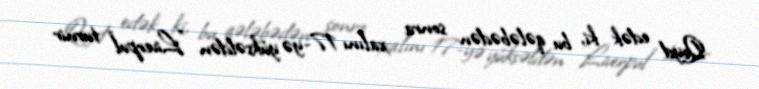
Qeyd edək ki, bu qələbədən sonra xalını 17-yə yüksəldən "Liverpul" turnir